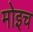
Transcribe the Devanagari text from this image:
मोइच